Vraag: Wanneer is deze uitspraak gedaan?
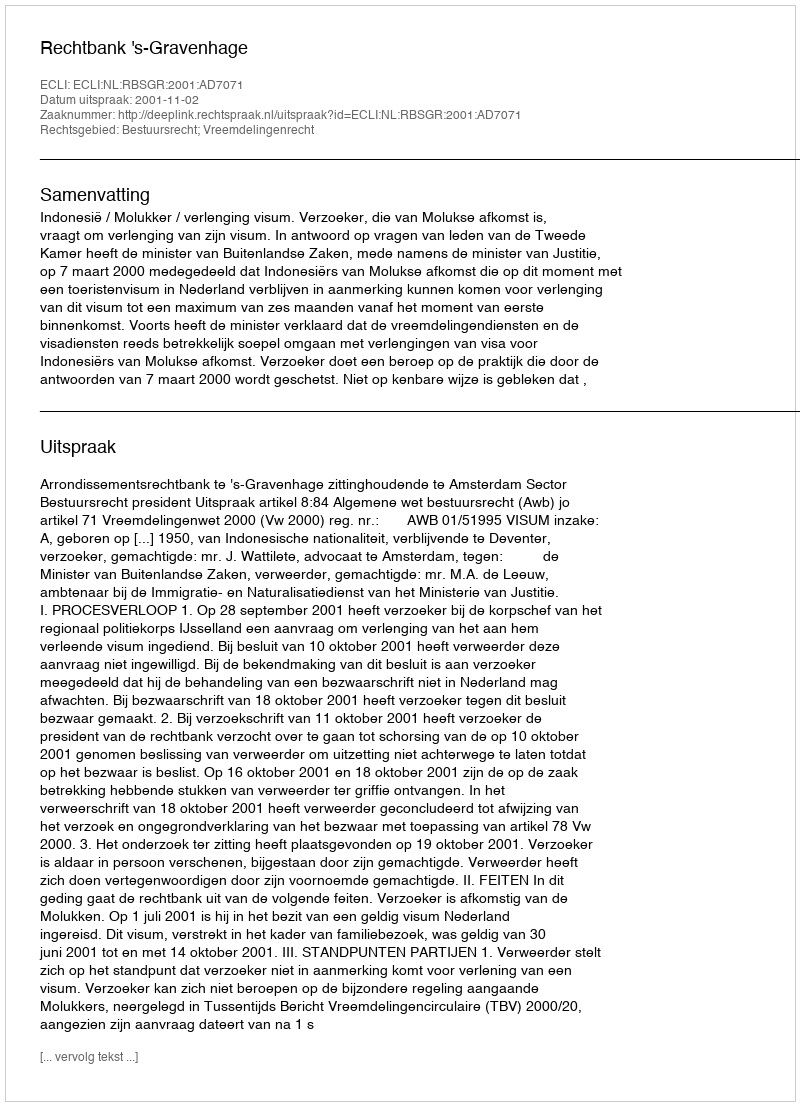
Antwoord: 2001-11-02